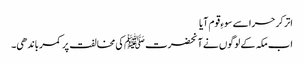
اتر کر حرا سے سوءِ قوم آیا
اب مکہ کے لوگوں نے آنحضرت ﷺکی مخالفت پر کمر باندھی۔